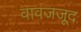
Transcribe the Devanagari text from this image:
वावजजूद